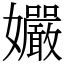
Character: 孍